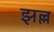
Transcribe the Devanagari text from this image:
झल्ल